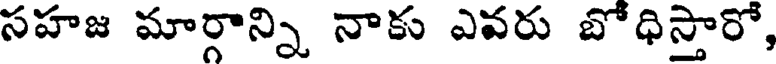
సహజ మార్గాన్ని నాకు ఎవరు బోధిస్తారో,